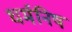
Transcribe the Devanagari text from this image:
धर्मनिष